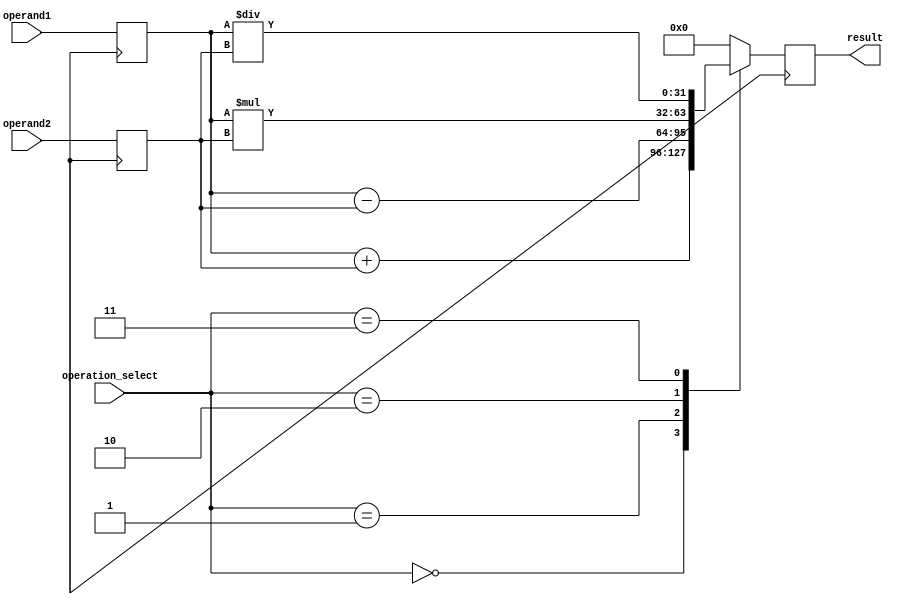
module floating_point_unit (
    input wire [31:0] operand1,
    input wire [31:0] operand2,
    input wire [2:0] operation_select,
    output reg [31:0] result
);

reg [31:0] input_reg1;
reg [31:0] input_reg2;
reg [31:0] output_reg;
reg [2:0] operation;
reg [31:0] status_reg;

always @ (posedge clk) begin
    input_reg1 <= operand1;
    input_reg2 <= operand2;
    
    case(operation_select)
        3'b000: begin // addition
            output_reg <= input_reg1 + input_reg2;
            operation <= 3'b000;
        end
        3'b001: begin // subtraction
            output_reg <= input_reg1 - input_reg2;
            operation <= 3'b001;
        end
        3'b010: begin // multiplication
            output_reg <= input_reg1 * input_reg2;
            operation <= 3'b010;
        end
        3'b011: begin // division
            output_reg <= input_reg1 / input_reg2;
            operation <= 3'b011;
        end
        default: begin
            output_reg <= 32'h0;
            operation <= 3'b000;
        end
    endcase
    
    // floating-point conversion logic here
    
    // round-off logic here
    
    // overflow and underflow detection logic here
    
    // store status information in status register
    status_reg <= 32'h0;
end

assign result = output_reg;

endmodule